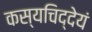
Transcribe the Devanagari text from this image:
कस्यचिद्देयं